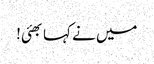
میں نے کہا بھئی!